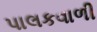
પાલકવાળી